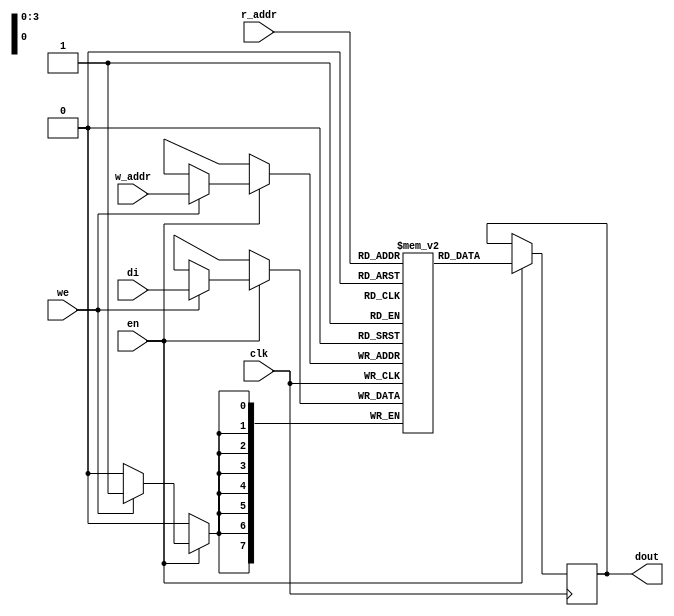
// full-duplex synchronous RAM
module RAM #(parameter DATA_WIDTH = 8, parameter ADDR_WIDTH = 4)
				(clk, en, we, w_addr, di, r_addr, dout);
    input	clk;
    input	we;
    input	en;
    input	[ADDR_WIDTH-1:0] w_addr;
    input	[DATA_WIDTH-1:0] di;
	input	[ADDR_WIDTH-1:0] r_addr;
    output [DATA_WIDTH-1:0] dout;
	 
    reg    [DATA_WIDTH-1:0] RAM [0:(1 << ADDR_WIDTH) - 1];  // 'DATA_WIDTH'-bit, 2^ADDR_WIDTH locations
    reg    [DATA_WIDTH-1:0] dout;

	 
    always @(posedge clk)
    begin
        if (en)
        begin
            if (we)
              RAM[w_addr] <= di;
            dout <= RAM[r_addr];
        end
    end

endmodule